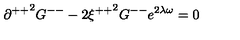
{ \partial ^ { + + } } ^ { 2 } G ^ { -- } - 2 { \xi ^ { + + } } ^ { 2 } G ^ { -- } e ^ { 2 \lambda \omega } = 0 \,